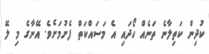
ކުދިން ކަތިލާނެ ތަނެއް ހޯދައި އެ މަސައްކަތް ފެށުމަށެވެ. އޭނާގެ މި ލޭ